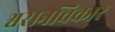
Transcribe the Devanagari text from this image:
श्वसनविकार